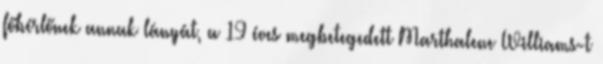
főbérlőnek annak lányát, a 19 éves megbetegedett Marthalene Williams-t